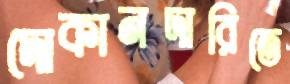
দোকানদারিতে